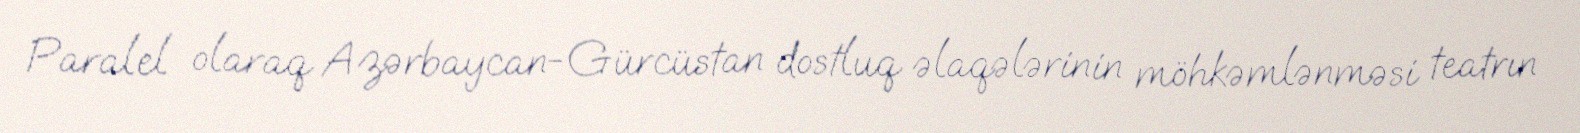
Paralel olaraq Azərbaycan-Gürcüstan dostluq əlaqələrinin möhkəmlənməsi teatrın